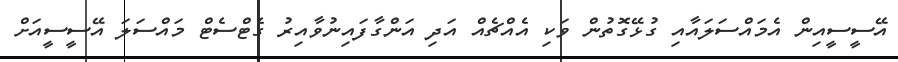
އޭސީސީއިން އެމައްސަލައާއި ގުޅޭގޮތުން ވަކި އެއްޗެއް އަދި އަންގާފައިނުވާއިރު ގެޓްސެޓް މައްސަލަ އޭސީސީއަށް